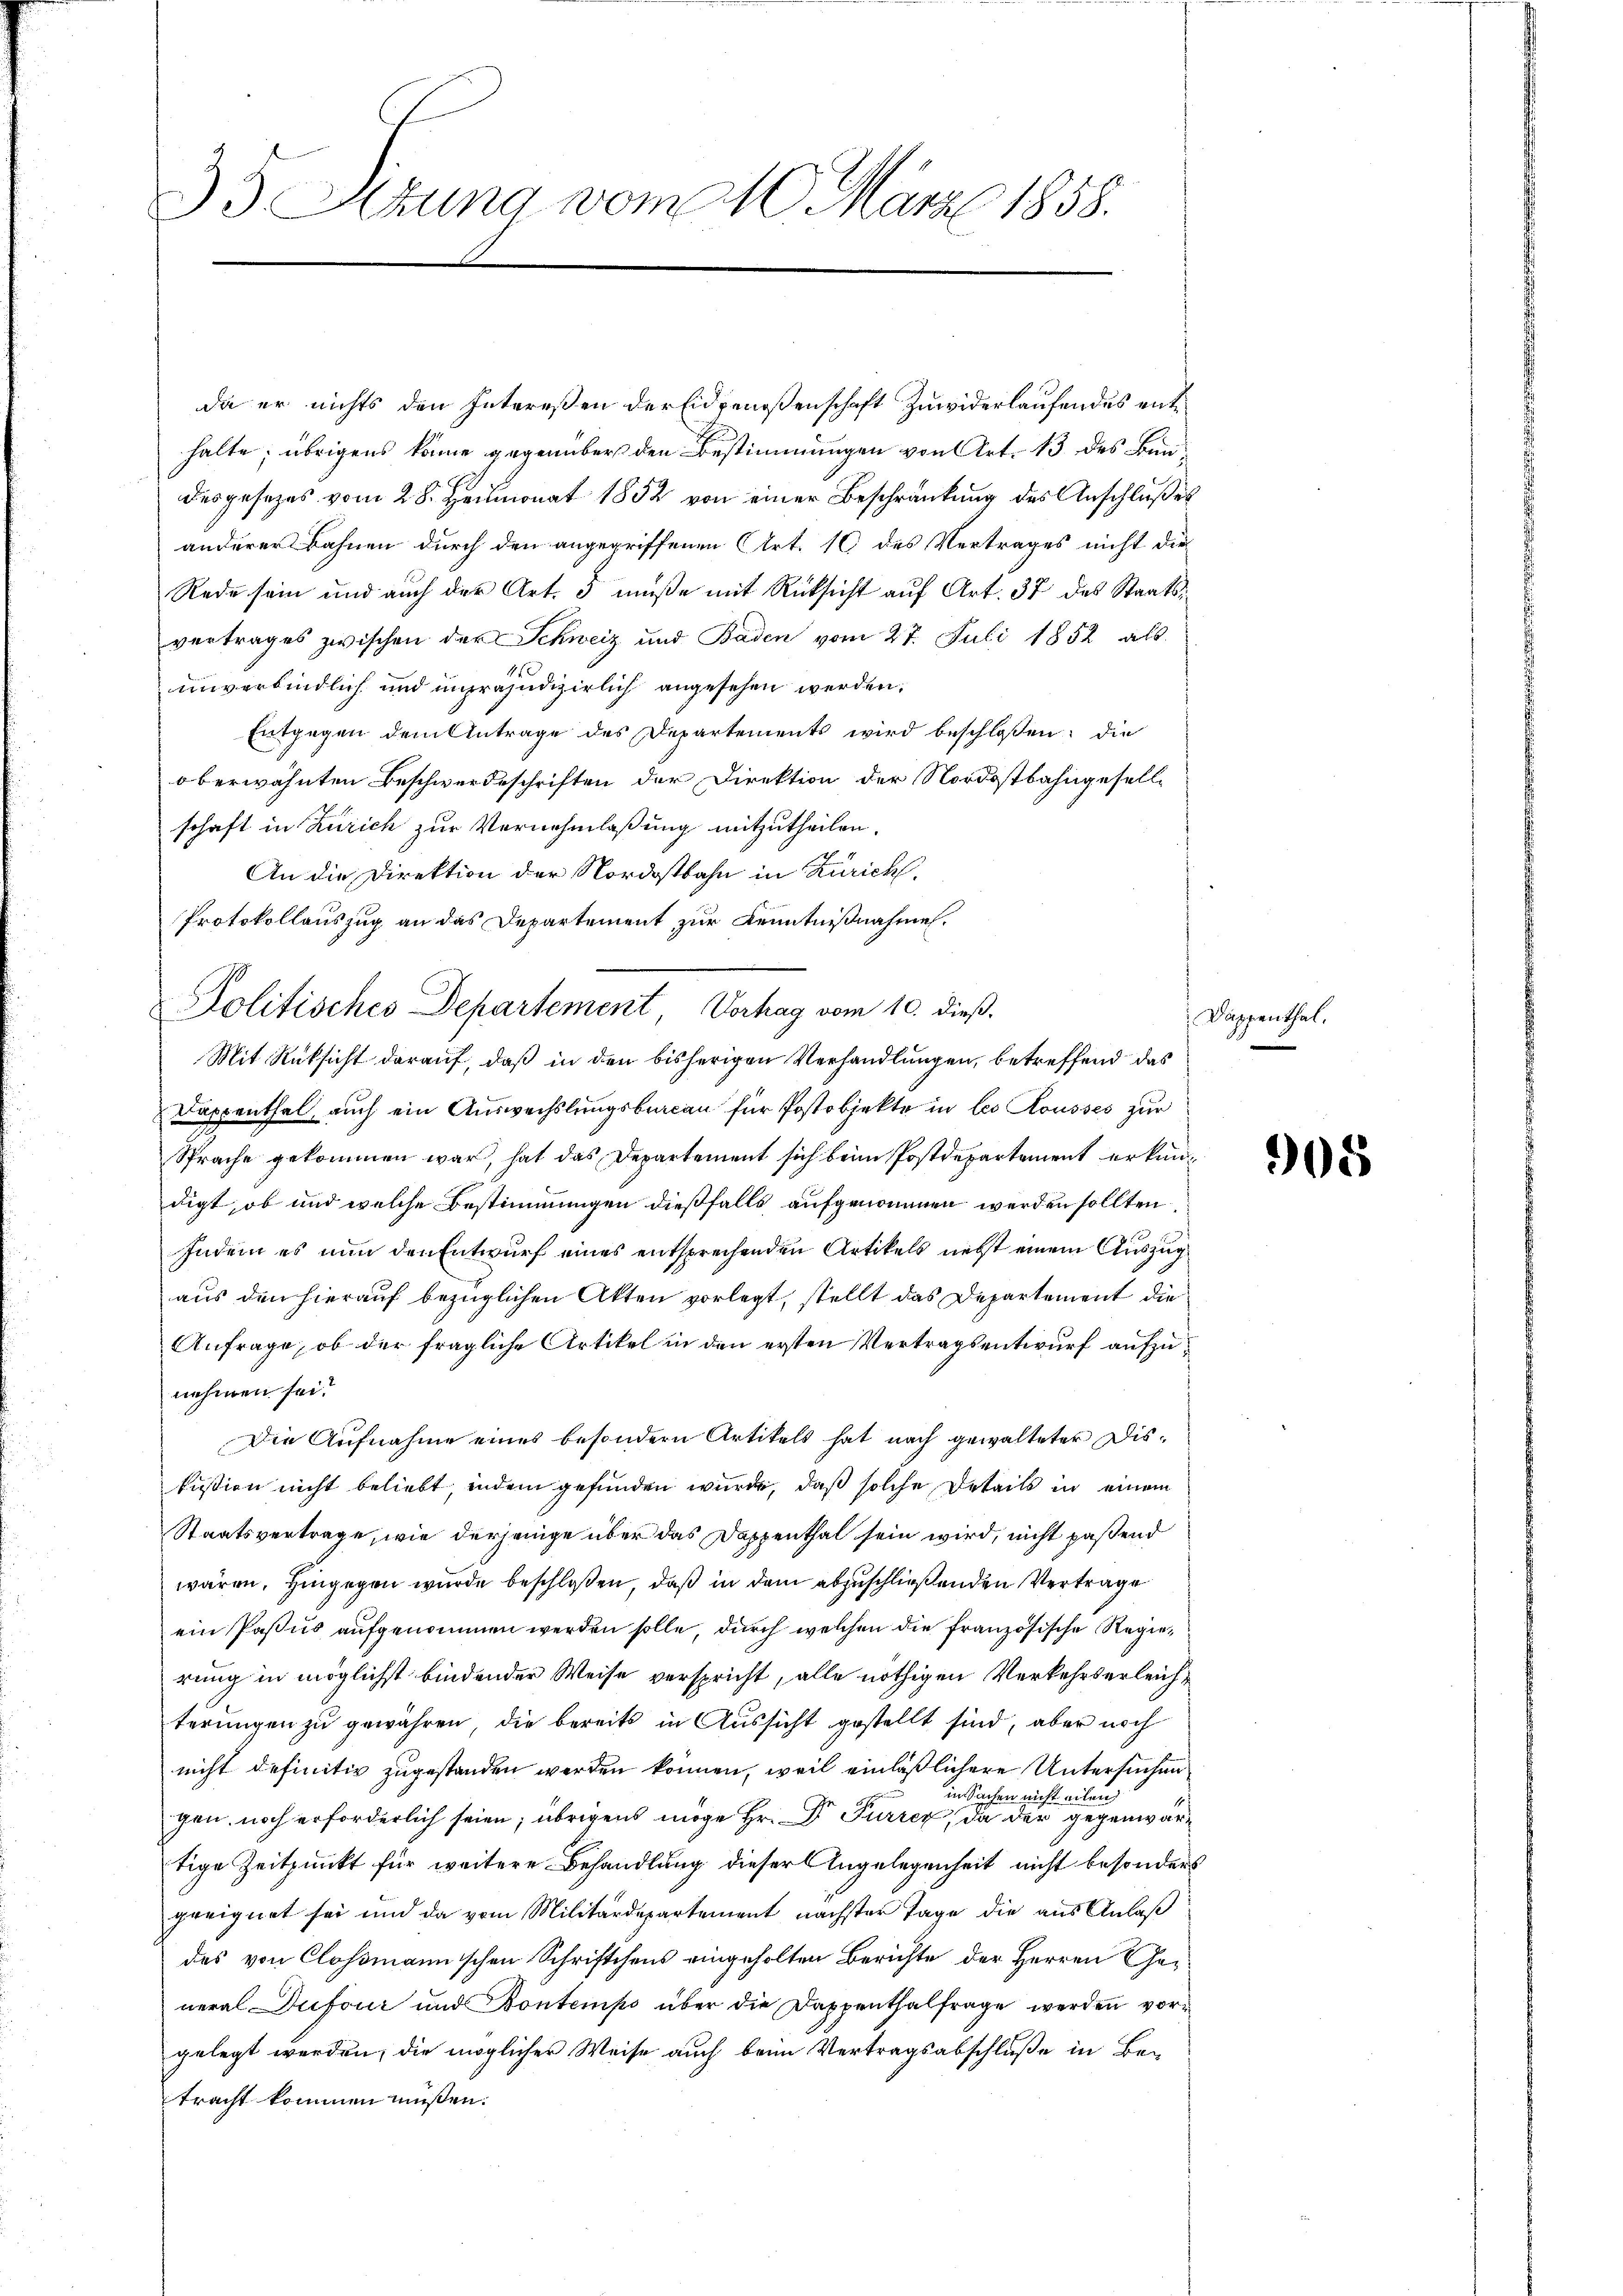
35 Sezung vom 10. März 1858.

da er nichts den Intereßen der Eidgenoßenschaft Zuwiderlaufendes enthalte; übrigens könne gegenüber den Bestimmungen von Art. 13 des Bundesgesezes vom 28. Heumonat 1852 von einer Beschränkung des Anschlußes
anderer Bahnen durch den angegriffenen Art. 16 des Vertrages nicht die
Rede sein und auch der Art. 3 müße mit Rücksicht auf Art. 37 des Staatsvertrages zwischen der Schweiz und Baden vom 27. Juli 1852 als
unverbindlich und in räjudizierlich angesehen werden,
Entgegen dem Antrage des Departements wird beschlossen: die
oberwähnten Beschwerdeschriften der Direktion der Nordostbahngesellschaft in Zürich zur Vernehmlaßung mitzutheilen.
An die Direktion der Nordostbahn in Zürich.
Protokollauszug an das Departement zur Kenntnißnahmen.
Mit Rüksicht darauf, daß in den bisherigen Verhandlungen, betreffend das
Dappenthal, auch ein Auswechslungsburcan für Postobjekte in les Rousses zur
Sprache gekommen war, hat das Departement sich beim Postdepartement erkundigt, ob und welche Bestimmungen dießfalls aufgenommen werden sollten
Indem es nun den Entwurf eines entsprechenden Artikels nebst einem Auszug
aus den hierauf bezüglichen Akten vorlegt, stellt das Departement die
Anfrage, ob der fragliche Artikel in den ersten Vertragsentwurf aufzunehmen sei?
Die Aufnahme eines besondern Artikels hat nach gewalteter Disfusion nicht beliebt, indem gefunden wurde, daß solche Details in einem
Staatsvertrage, wie derjenige über das Doppenthal sein wird, nicht passend
wären. Hingegen wurde beschloßen, daß in dem abzuschließenden Vertrage
ein Passus aufgenommen werden solle, durch welchen die französische Regierung in möglichst bindender Weise verspricht, alle nöthigen Verkehrserleichterungen zu gewähren, die bereits in Aussicht gestellt sind, aber noch
nicht definitiv zugestanden werden können, weil einläßlichere Untersuchen
in Sachen nicht eilen
gen, noch erforderlich seien; übrigens möge Hr. Dr Furrer, da der gegenwärtige Zeitpunkt für weitere Behandlung dieser Angelegenheit nicht besonders
geeignet sei und da vom Militärdepartement nächster Tage die aus Anlaß
des von Clossmannischen Schriftchens eingeholten Berichte der Herren General Dufour und Kontempo über die Dappenthalfrage werden vorgelegt werden, die möglicher Weise auch beim Vertragsabschluße in Betracht kommen müßen.

Politisches Departement Vorhag vom 10. dieß.

Dappenthal.

308